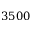
3 5 0 0